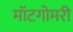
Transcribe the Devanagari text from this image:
मॉटगोमरी